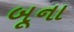
બૂના